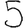
Digit: 5